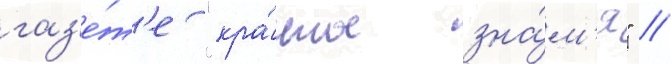
газ'е́т'е "кра́сное зна́м'я" //